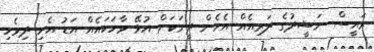
ރައީސް ނަޝީދުގެ ދަރިއެއް އެހެން ދީނަކަށް އުޅޭ ވާހަކައެއް އަޑު އެހި ދިވެހި